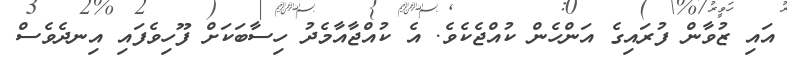
އައި ޒުވާން ފުރައިގެ އަންހެން ކުއްޖެކެވެ. އެ ކުއްޖާއާމެދު ހިސާބަކަށް ފޫހިވެފައި އިނދެވެސް